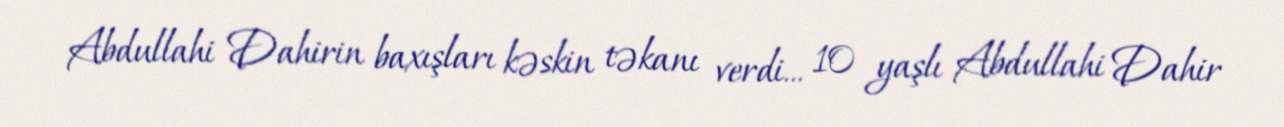
Abdullahi Dahirin baxışları kəskin təkanı verdi... 10 yaşlı Abdullahi Dahir